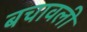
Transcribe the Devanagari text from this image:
बचावली